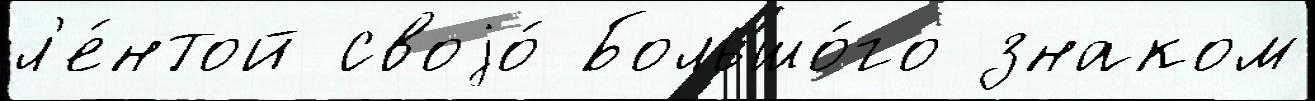
л'е́нтой своjо́ Большо́го знаком